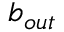
b _ { o u t }